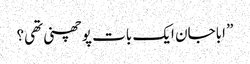
” اباجان ایک بات پوچھنی تھی؟